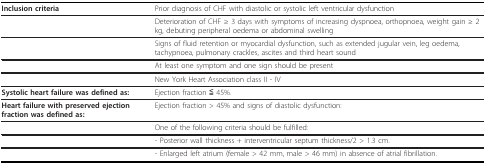
| Inclusion criteria | Prior diagnosis of CHF with diastolic or systolic left ventricular dysfunction |
 | --- | --- |
 |  | Deterioration of CHF ≥ 3 days with symptoms of increasing dyspnoea, orthopnoea, weight gain ≥ 2 kg, debuting peripheral oedema or abdominal swelling |
 |  | Signs of fluid retention or myocardial dysfunction, such as extended jugular vein, leg oedema, tachypnoea, pulmonary crackles, ascites and third heart sound |
 |  | At least one symptom and one sign should be present |
 |  | New York Heart Association class II - IV |
 | Systolic heart failure was defined as: | Ejection fraction ≦ 45%. |
 | Heart failure with preserved ejection fraction was defined as: | Ejection fraction > 45% and signs of diastolic dysfunction: |
 |  | One of the following criteria should be fulfilled: |
 |  | - Posterior wall thickness + interventricular septum thickness/2 > 1.3 cm. |
 |  | - Enlarged left atrium (female > 42 mm, male > 46 mm) in absence of atrial fibrillation. |